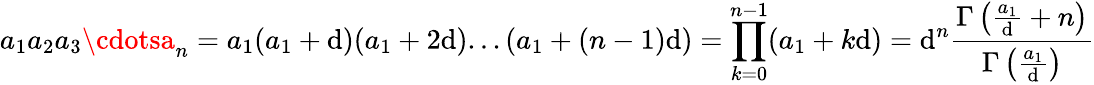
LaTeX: a_{1}a_{2}a_{3}\cdotsa_{n}=a_{1}(a_{1}+\mathrm{d})(a_{1}+2\mathrm{d})...(a_{1}+(n-1)\mathrm{d})=\prod_{k=0}^{n-1}(a_{1}+k\mathrm{d})=\mathrm{d}^{n}{\frac{{\Gamma\left({\frac{{a_{1}}}{{\mathrm{d}}}}+n\right)}}{{\Gamma\left({\frac{{a_{1}}}{{\mathrm{d}}}}\right)}}}